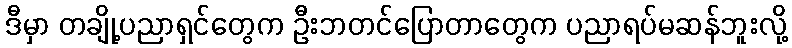
ဒီမှာ တချို့ပညာရှင်တွေက ဦးဘတင်ပြောတာတွေက ပညာရပ်မဆန်ဘူးလို့